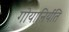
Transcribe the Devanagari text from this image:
गोयानिर्यति